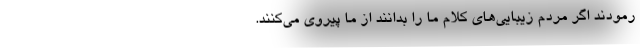
رمودند اگر مردم زیبایی‌های کلام ما را بدانند از ما پیروی می‌کنند.